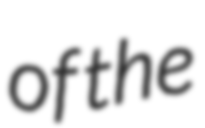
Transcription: of the